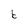
Character: b